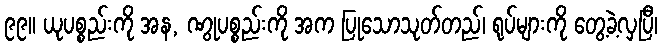
၉၉။ ယုပစ္စည်းကို အန, ဏွုပစ္စည်းကို အက ပြုသောသုတ်တည်၊ ရုပ်များကို တွေ့ခဲ့လှပြီ၊